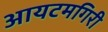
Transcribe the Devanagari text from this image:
आयटमगिरी